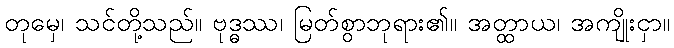
တုမှေ၊ သင်တို့သည်။ ဗုဒ္ဓဿ၊ မြတ်စွာဘုရား၏။ အတ္ထာယ၊ အကျိုးငှာ။